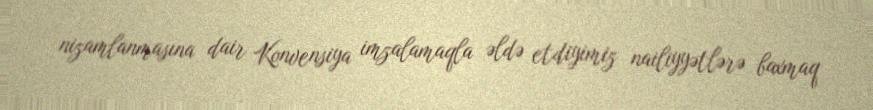
nizamlanmasına dair Konvensiya imzalamaqla əldə etdiyimiz nailiyyətlərə baxmaq